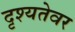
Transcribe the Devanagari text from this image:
दृश्यतेवर